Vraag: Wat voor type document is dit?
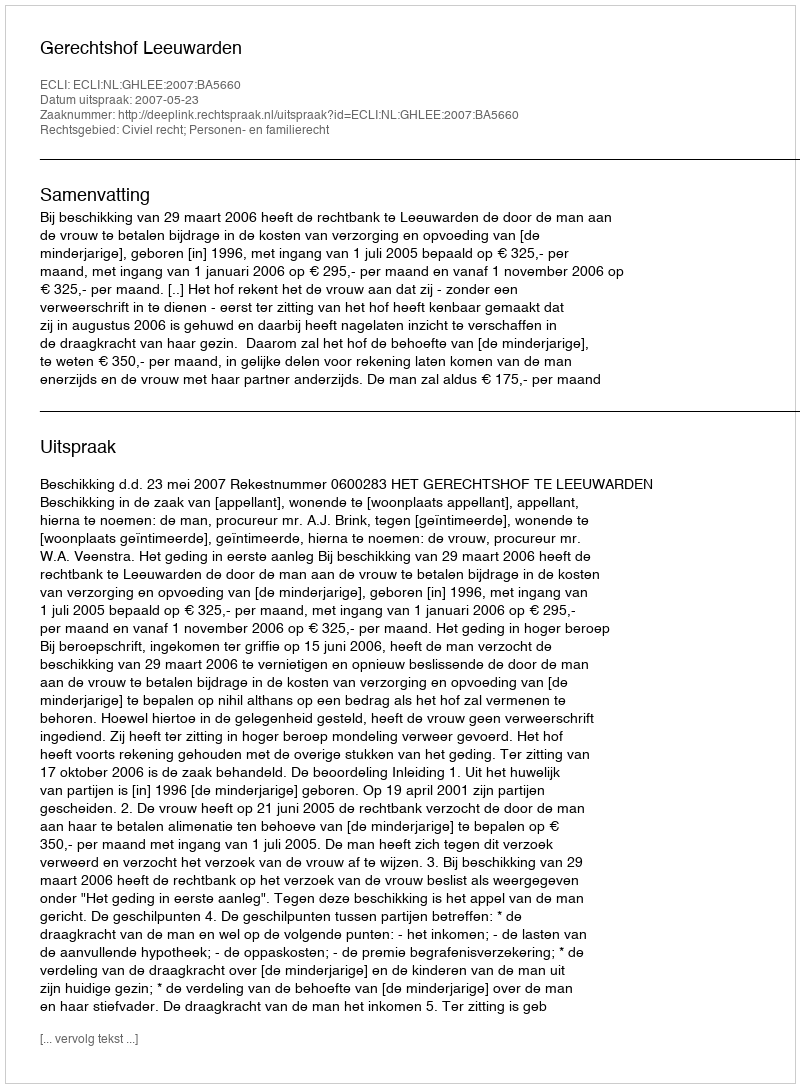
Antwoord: Uitspraak